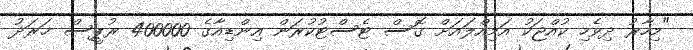
"މިހާރު ދިވެހި ކުއްޖަކު އަމިއްލައަށް ގޮސް ޓެސްޓުކުރަން އިންޑިއާގެ 400000 ރުޕީސް ޚަރަދު